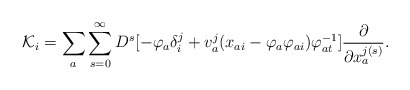
\begin{align*}{\cal K}_{i}=\sum _{a}\sum _{s=0}^{\infty}D^{s}[-\varphi _{a}\delta ^{j}_{i}+v^{j}_{a}(x_{ai}-\varphi _{a}\varphi _{ai})\varphi ^{-1}_{at}]\frac {\partial }{\partial x_{a}^{j(s)}} .\end{align*}